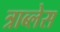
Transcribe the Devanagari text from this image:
त्राब्लेस